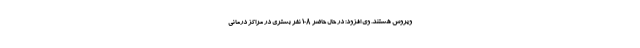
ویروس هستند. وی افزود: در حال حاضر ۱۰۸ نفر بستری در مراکز درمانی